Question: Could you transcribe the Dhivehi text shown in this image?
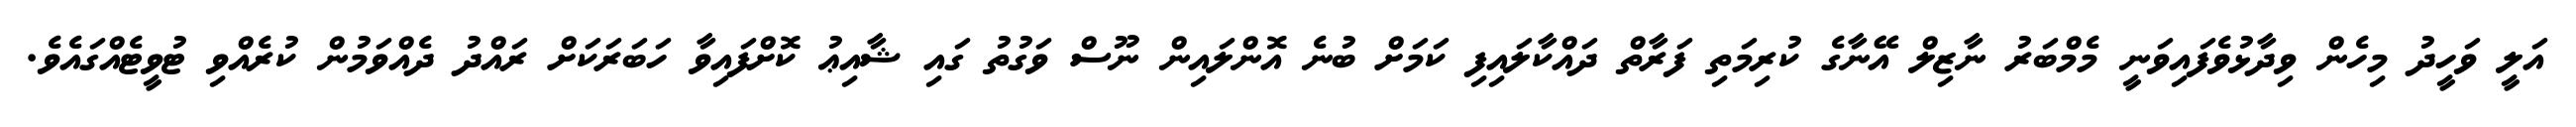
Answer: އަލީ ވަހީދު މިހެން ވިދާޅުވެފައިވަނީ މެމްބަރު ނާޒިލް އޭނާގެ ކުރިމަތި ފަރާތް ދައްކާލައިފި ކަމަށް ބުނެ އޮންލައިން ނޫސް ވަގުތު ގައި ޝާއިޢު ކޮށްފައިވާ ހަބަރަކަށް ރައްދު ދެއްވަމުން ކުރެއްވި ޓުވީޓެއްގައެވެ.